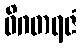
ဝိဂတရဇံ